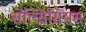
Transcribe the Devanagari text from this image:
सेल्सिसियस